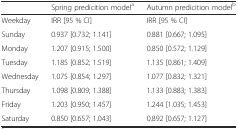
<table><thead><tr><td></td><td><b>Spring predicition model<sup>a</sup></b></td><td><b>Autumn predicition model<sup>b</sup></b></td></tr></thead><tbody><tr><td>Weekday</td><td>IRR [95 % CI]</td><td>IRR [95 % CI]</td></tr><tr><td>Sunday</td><td>0.937 [0.732; 1.141]</td><td>0.881 [0.667; 1.095]</td></tr><tr><td>Monday</td><td>1.207 [0.915; 1.500]</td><td>0.850 [0.572; 1.129]</td></tr><tr><td>Tuesday</td><td>1.185 [0.852; 1.519]</td><td>1.135 [0.861; 1.409]</td></tr><tr><td>Wednesday</td><td>1.075 [0.854; 1.297]</td><td>1.077 [0.832; 1.321]</td></tr><tr><td>Thursday</td><td>1.098 [0.809; 1.388]</td><td>1.133 [0.883; 1.383]</td></tr><tr><td>Friday</td><td>1.203 [0.950; 1.457]</td><td>1.244 [1.035; 1.453]</td></tr><tr><td>Saturday</td><td>0.850 [0.657; 1.043]</td><td>0.892 [0.657; 1.127]</td></tr></tbody></table>